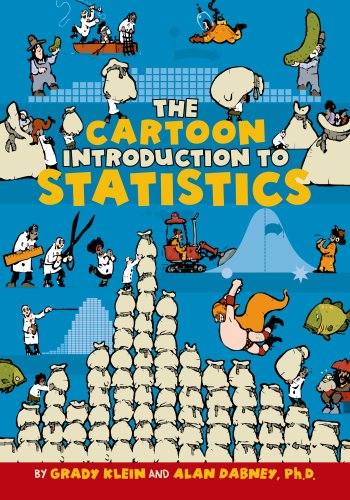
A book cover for The Cartoon Introduction to Statistics; Grady Klein; Comics & Graphic Novels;